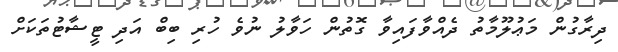
ދިރާގުން މަޢުލޫމާތު ދެއްވާފައިވާ ގޮތުން ހަވާލު ނުވެ ހުރި ބިބް އަދި ޓީޝާޓުތަކަށް